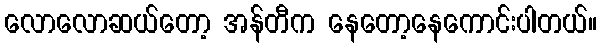
လောလောဆယ်တော့ အန်တီက နေတော့နေကောင်းပါတယ်။